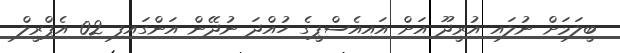
ބީލަމަށް ނުލައި އުރީދޫ އަށް އައިއެސްޕީގެ ހުއްދަ ނުދޭން އަންގައިފި 02 އެޕްރީލް